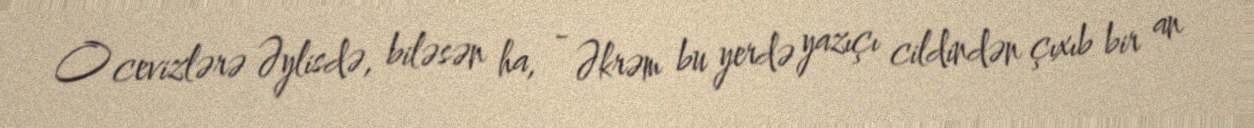
O cevizlərə Əylisdə, biləsən ha, - Əkrəm bu yerdə yazıçı cildindən çıxıb bir an